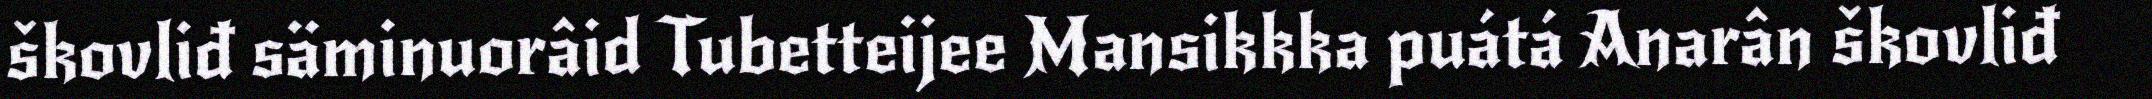
škovliđ säminuorâid Tubetteijee Mansikkka puátá Anarân škovliđ